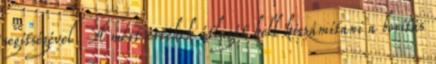
segítségével. A mért értékek átlagát kell kiszámítani a borítás